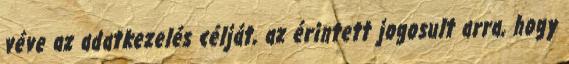
véve az adatkezelés célját, az érintett jogosult arra, hogy